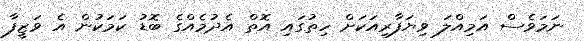
ނަމަވެސް އަމިއްލަ ވިޔަފާރިއަކަށް ހިތުގައި އޮތް އެދުމެއްގެ ބޮޑު ކަމަކުން އެ ވަޒީފާ